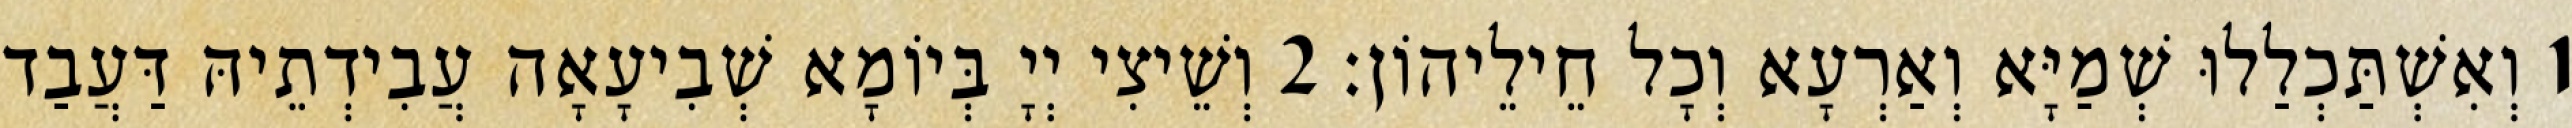
1 וְאִשְׁתַּכְלַלוּ שְׁמַיָּא וְאַרְעָא וְכָל חֵילֵיהוֹן׃ 2 וְשֵׁיצִי יְיָ בְּיוֹמָא שְׁבִיעָאָה עֲבִידְתֵיהּ דַּעֲבַד